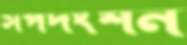
সর্পদংশন